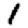
Digit: 1